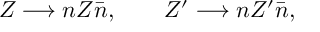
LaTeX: Z \longrightarrow n Z \bar { n } , ~ ~ ~ ~ ~ ~ Z ^ { \prime } \longrightarrow n Z ^ { \prime } \bar { n } ,